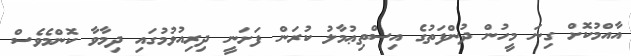
އާއްމުކޮށް ގިނަ މީހުން ދުންފަތުގެ އިސްތިޢުމާލު ކުރަން ފަށަނީ ދިރިއުޅުމުގައި ދިމާވާ ކޮންމެވެސް